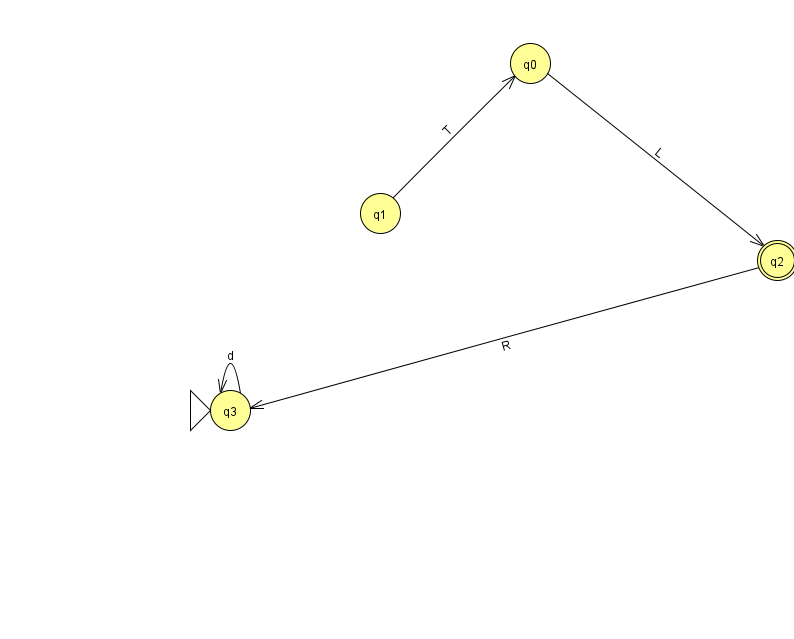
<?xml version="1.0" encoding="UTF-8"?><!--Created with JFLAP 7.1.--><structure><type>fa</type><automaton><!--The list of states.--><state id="0" name="q0"><x>530.0</x><y>50.0</y></state><state id="1" name="q1"><x>380.0</x><y>200.0</y></state><state id="2" name="q2"><x>777.0</x><y>247.0</y><final/></state><state id="3" name="q3"><x>230.0</x><y>397.0</y><initial/></state><!--The list of transitions.--><transition><from>3</from><to>3</to><read>d</read></transition><transition><from>0</from><to>2</to><read>L</read></transition><transition><from>2</from><to>3</to><read>R</read></transition><transition><from>1</from><to>0</to><read>T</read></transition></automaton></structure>